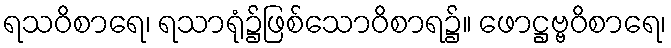
ရသဝိစာရေ၊ ရသာရုံ၌ဖြစ်သောဝိစာရ၌။ ဖောဋ္ဌဗ္ဗဝိစာရေ၊